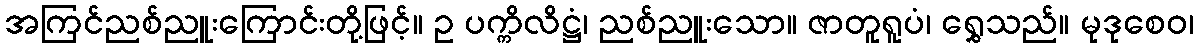
အကြင်ညစ်ညူးကြောင်းတို့ဖြင့်။ ဥ ပက္ကိလိဋ္ဌံ၊ ညစ်ညူးသော။ ဇာတူရူပံ၊ ရွှေသည်။ မုဒုစေဝ၊